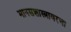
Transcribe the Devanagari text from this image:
मानसशास्त्रावरचा